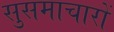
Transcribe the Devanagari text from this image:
सुसमाचारों